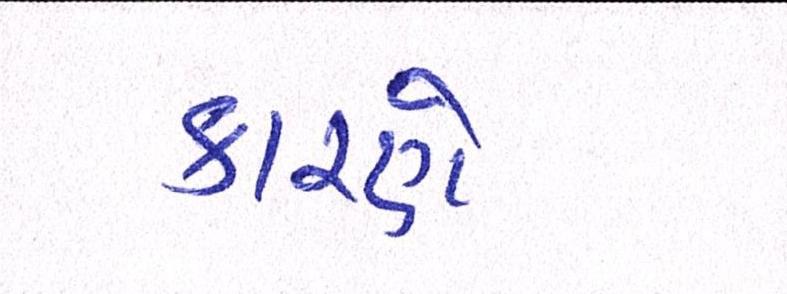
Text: કારણે